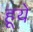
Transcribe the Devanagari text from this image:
हूये